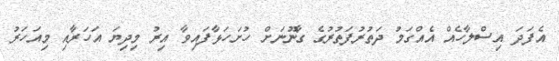
އެފަދަ އިސްލާހެއް އެއްގަމު ދަތުރުފަތުރުގެ ގާނޫނަށް ހުށަހަޅާފައިވާ އިރު މިދިޔަ އަހަރާއި މިއަހަރު